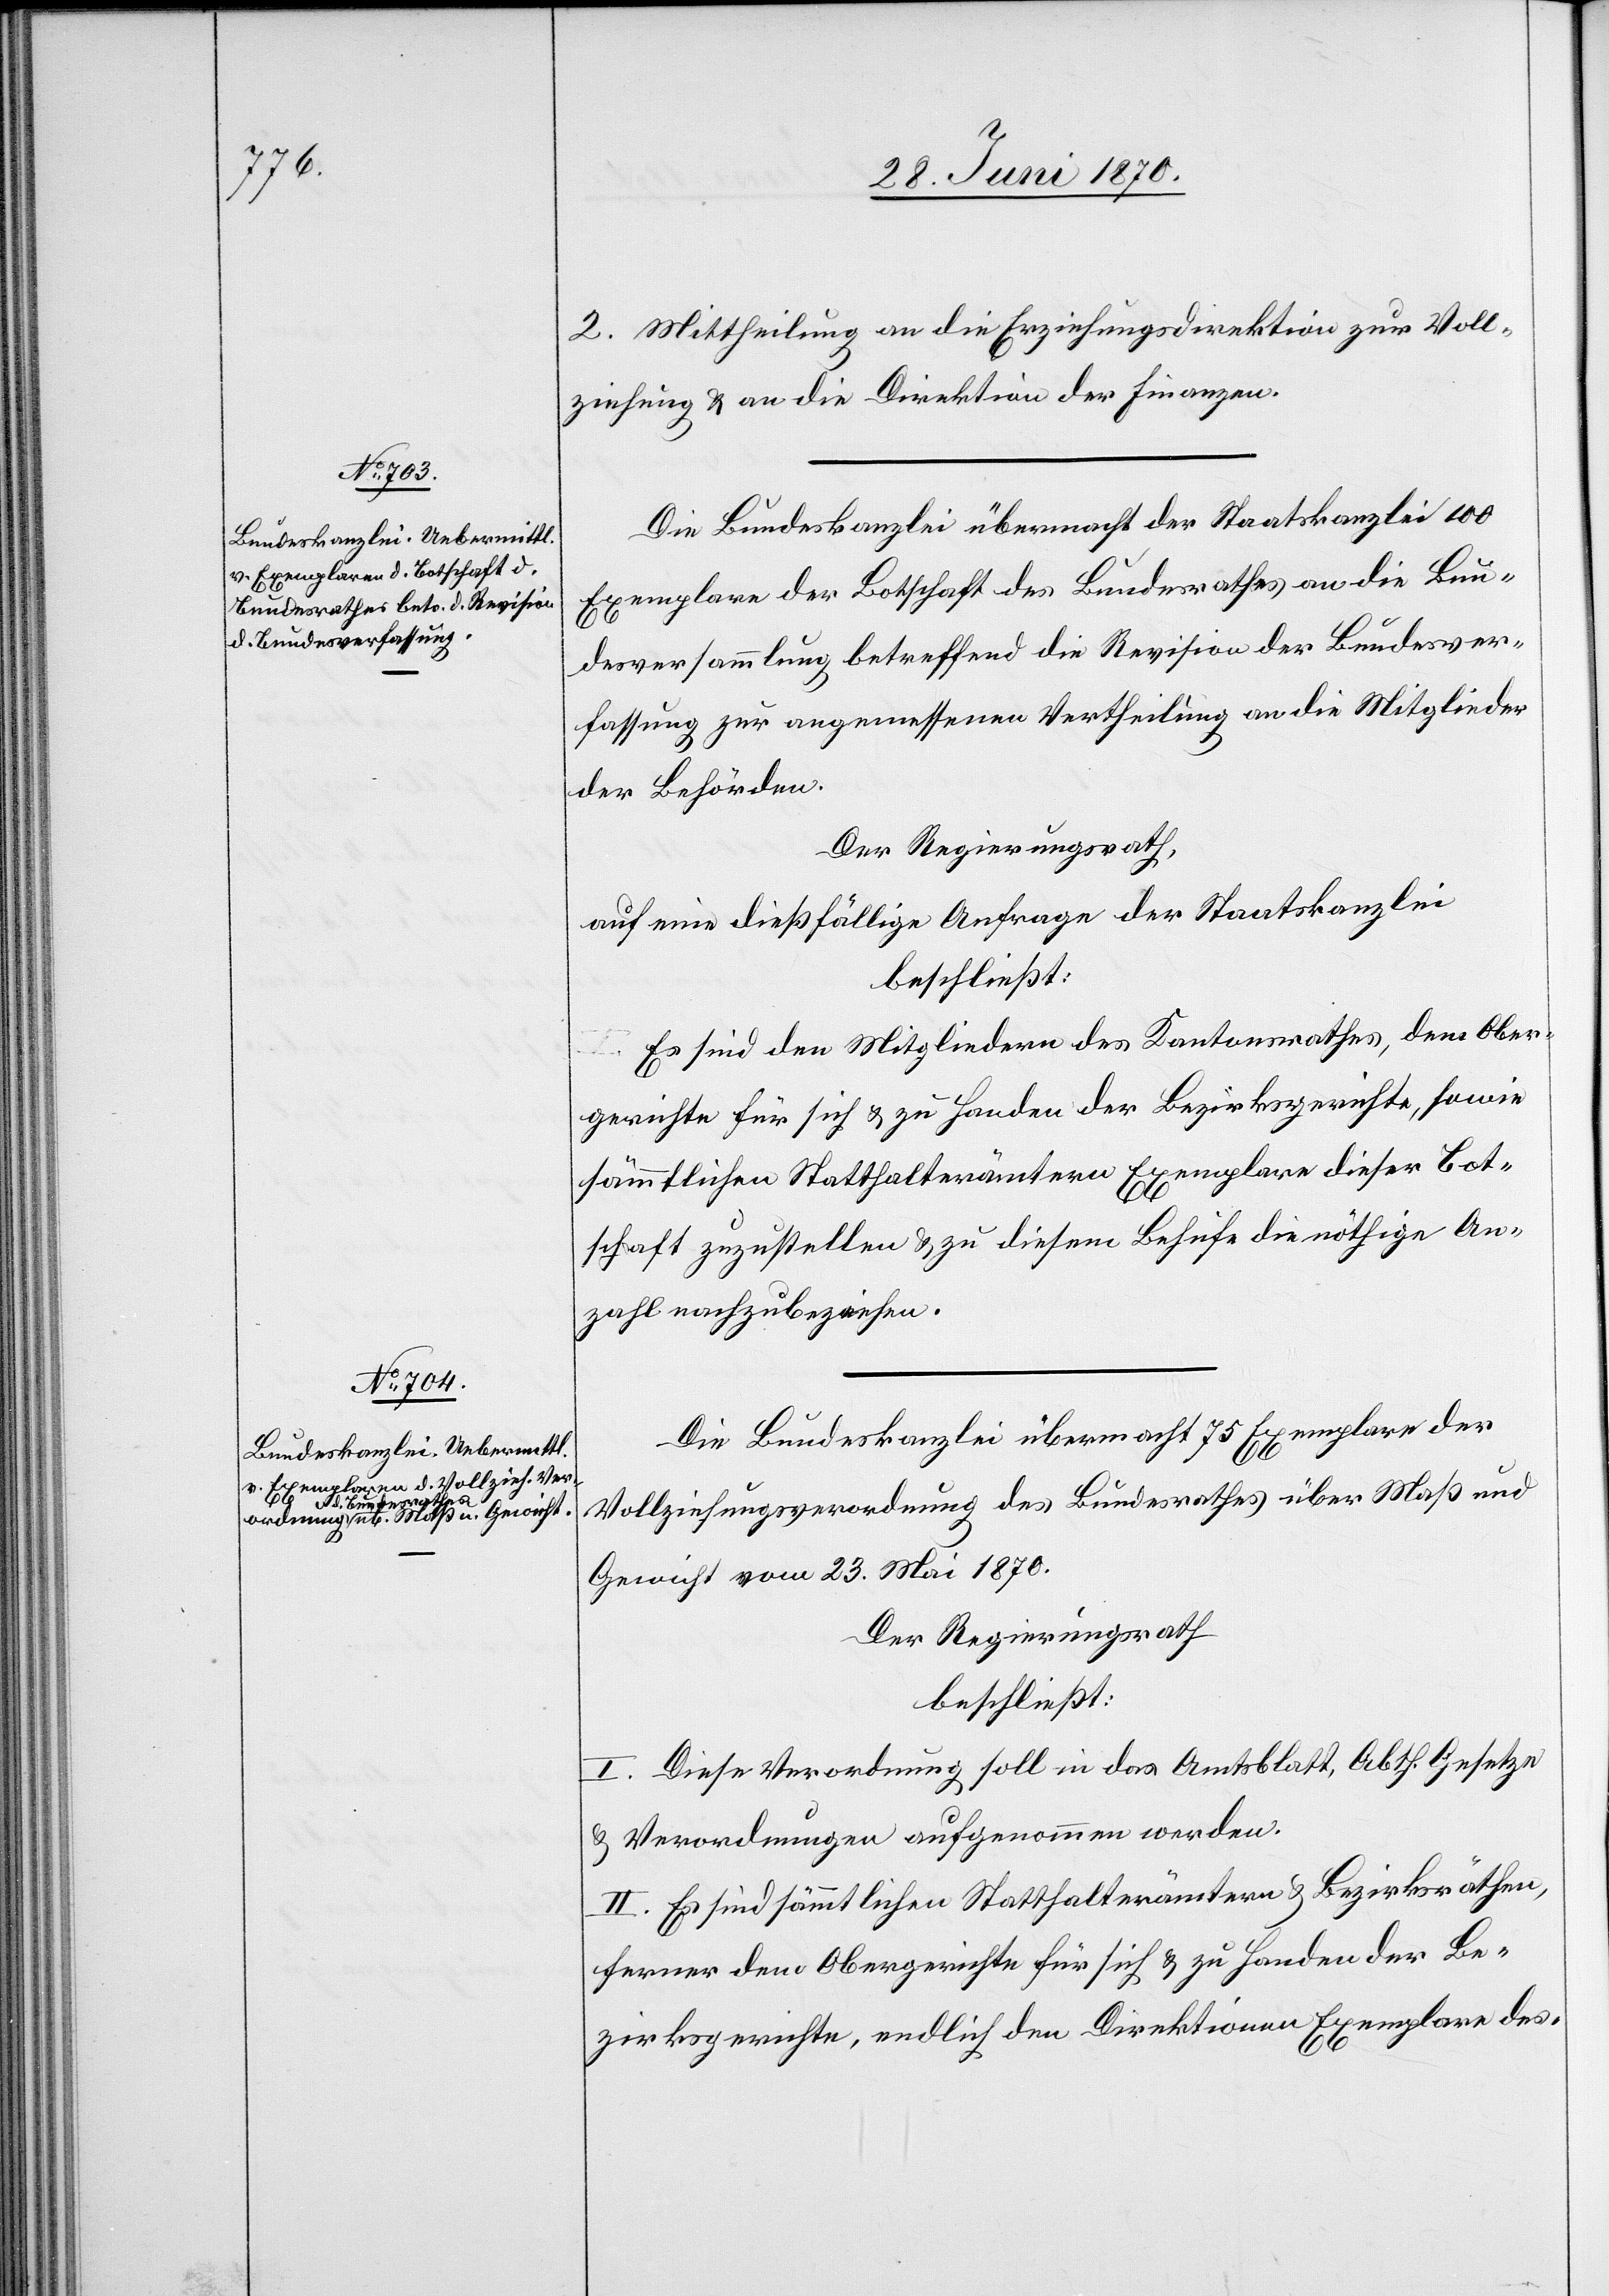
2. Mittheilung an die Erziehungsdirektion zur Voll¬
ziehung & an die Direktion der Finanzen.
Die Bundeskanzlei übermacht der Staatskanzlei 100
Exemplare der Botschaft des Bundesrathes an die Bun¬
desversammlung betreffend die Revision der Bundesver¬
fassung zur angemessenen Vertheilung an die Mitglieder
der Behörden.
Der Regierungsrath,
auf eine dießfällige Anfrage der Staatskanzlei,
beschließt:
Es sind den Mitgliedern des Kantonsrathes, dem Ober¬
gerichte für sich & zu Handen der Bezirksgerichte, sowie
sämmtlichen Statthalterämtern Exemplare dieser Bot¬
schaft zuzustellen & zu diesem Behufe die nöthige An¬
zahl nachzubeziehen.
Die Bundeskanzlei übermacht 75 Exemplare der
Vollziehungsverordnung des Bundesrathes über Maß und
Gewicht vom 23. Mai 1870.
Der Regierungsrath
beschließt:
I. Diese Verordnung soll in das Amtsblatt, Abth. Gesetze
& Verordnungen aufgenommen werden.
II. Es sind sämmtlichen Statthalterämtern & Bezirksräthen,
ferner dem Obergerichte für sich & zu Handen der Be¬
zirksgerichte, endlich den Direktionen Exemplare des-